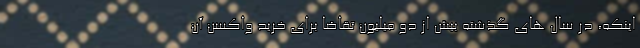
اینکه، در سال های گذشته بیش از دو میلیون تقاضا برای خرید واکسن آن